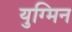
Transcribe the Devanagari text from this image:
युग्मिन